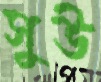
সুউ